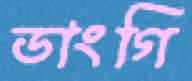
ডাংগি